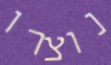
נוצרו